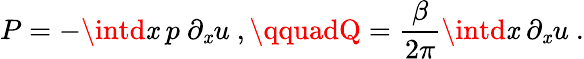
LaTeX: P=-\intd\mathit{x}\ p\ \partial_{\mathit{x}}u\ ,\qquadQ={\frac{{\beta}}{{2\pi}}}\intd\mathit{x}\ \partial_{\mathit{x}}u\ .